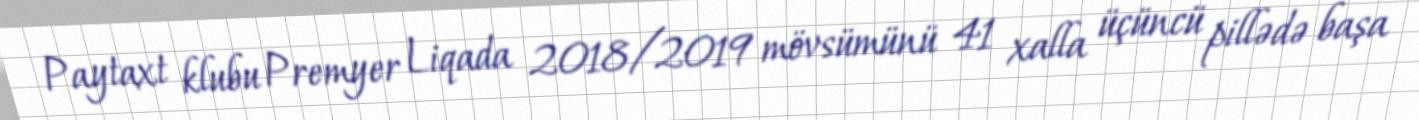
Paytaxt klubu Premyer Liqada 2018/2019 mövsümünü 41 xalla üçüncü pillədə başa